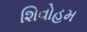
શિવોહમ